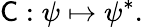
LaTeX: {\mathsf{C}}:\psi\mapsto\psi^{*}.